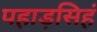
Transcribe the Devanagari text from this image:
पहाड़सिहं